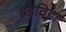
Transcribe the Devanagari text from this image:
इडविडा